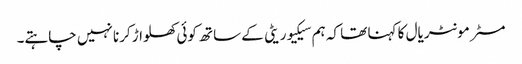
مسٹر مونٹریال کا کہنا تھا کہ ہم سیکیوریٹی کے ساتھ کوئی کھلواڑ کرنا نہیں چاہتے۔